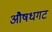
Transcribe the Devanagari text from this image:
औषधगट